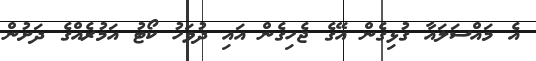
އެ މައްސަލައާ ގުޅިގެން އޭގެ ޖެހިގެން އައި ދުވަހު ކޯޓު އަމުރެއްގެ ދަށުން